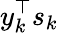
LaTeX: y_{k}^{\top}s_{k}